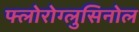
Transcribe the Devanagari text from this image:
फ्लोरोग्लुसिनोल